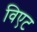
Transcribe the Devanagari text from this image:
विएट